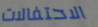
الاحتفالات